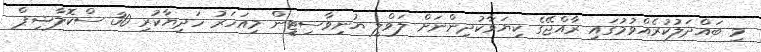
މި ބައްދަލުކުރެއްވުމުގައި ރާއްޖޭގެ ކިޔަވާކުދިންނަށް ލަވްލީ ޔުނިވާސިޓީން މިއަހަރު ހަދިޔާކުރި 30 ސްކޮލާޝިޕް